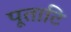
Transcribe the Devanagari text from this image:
पूताटि